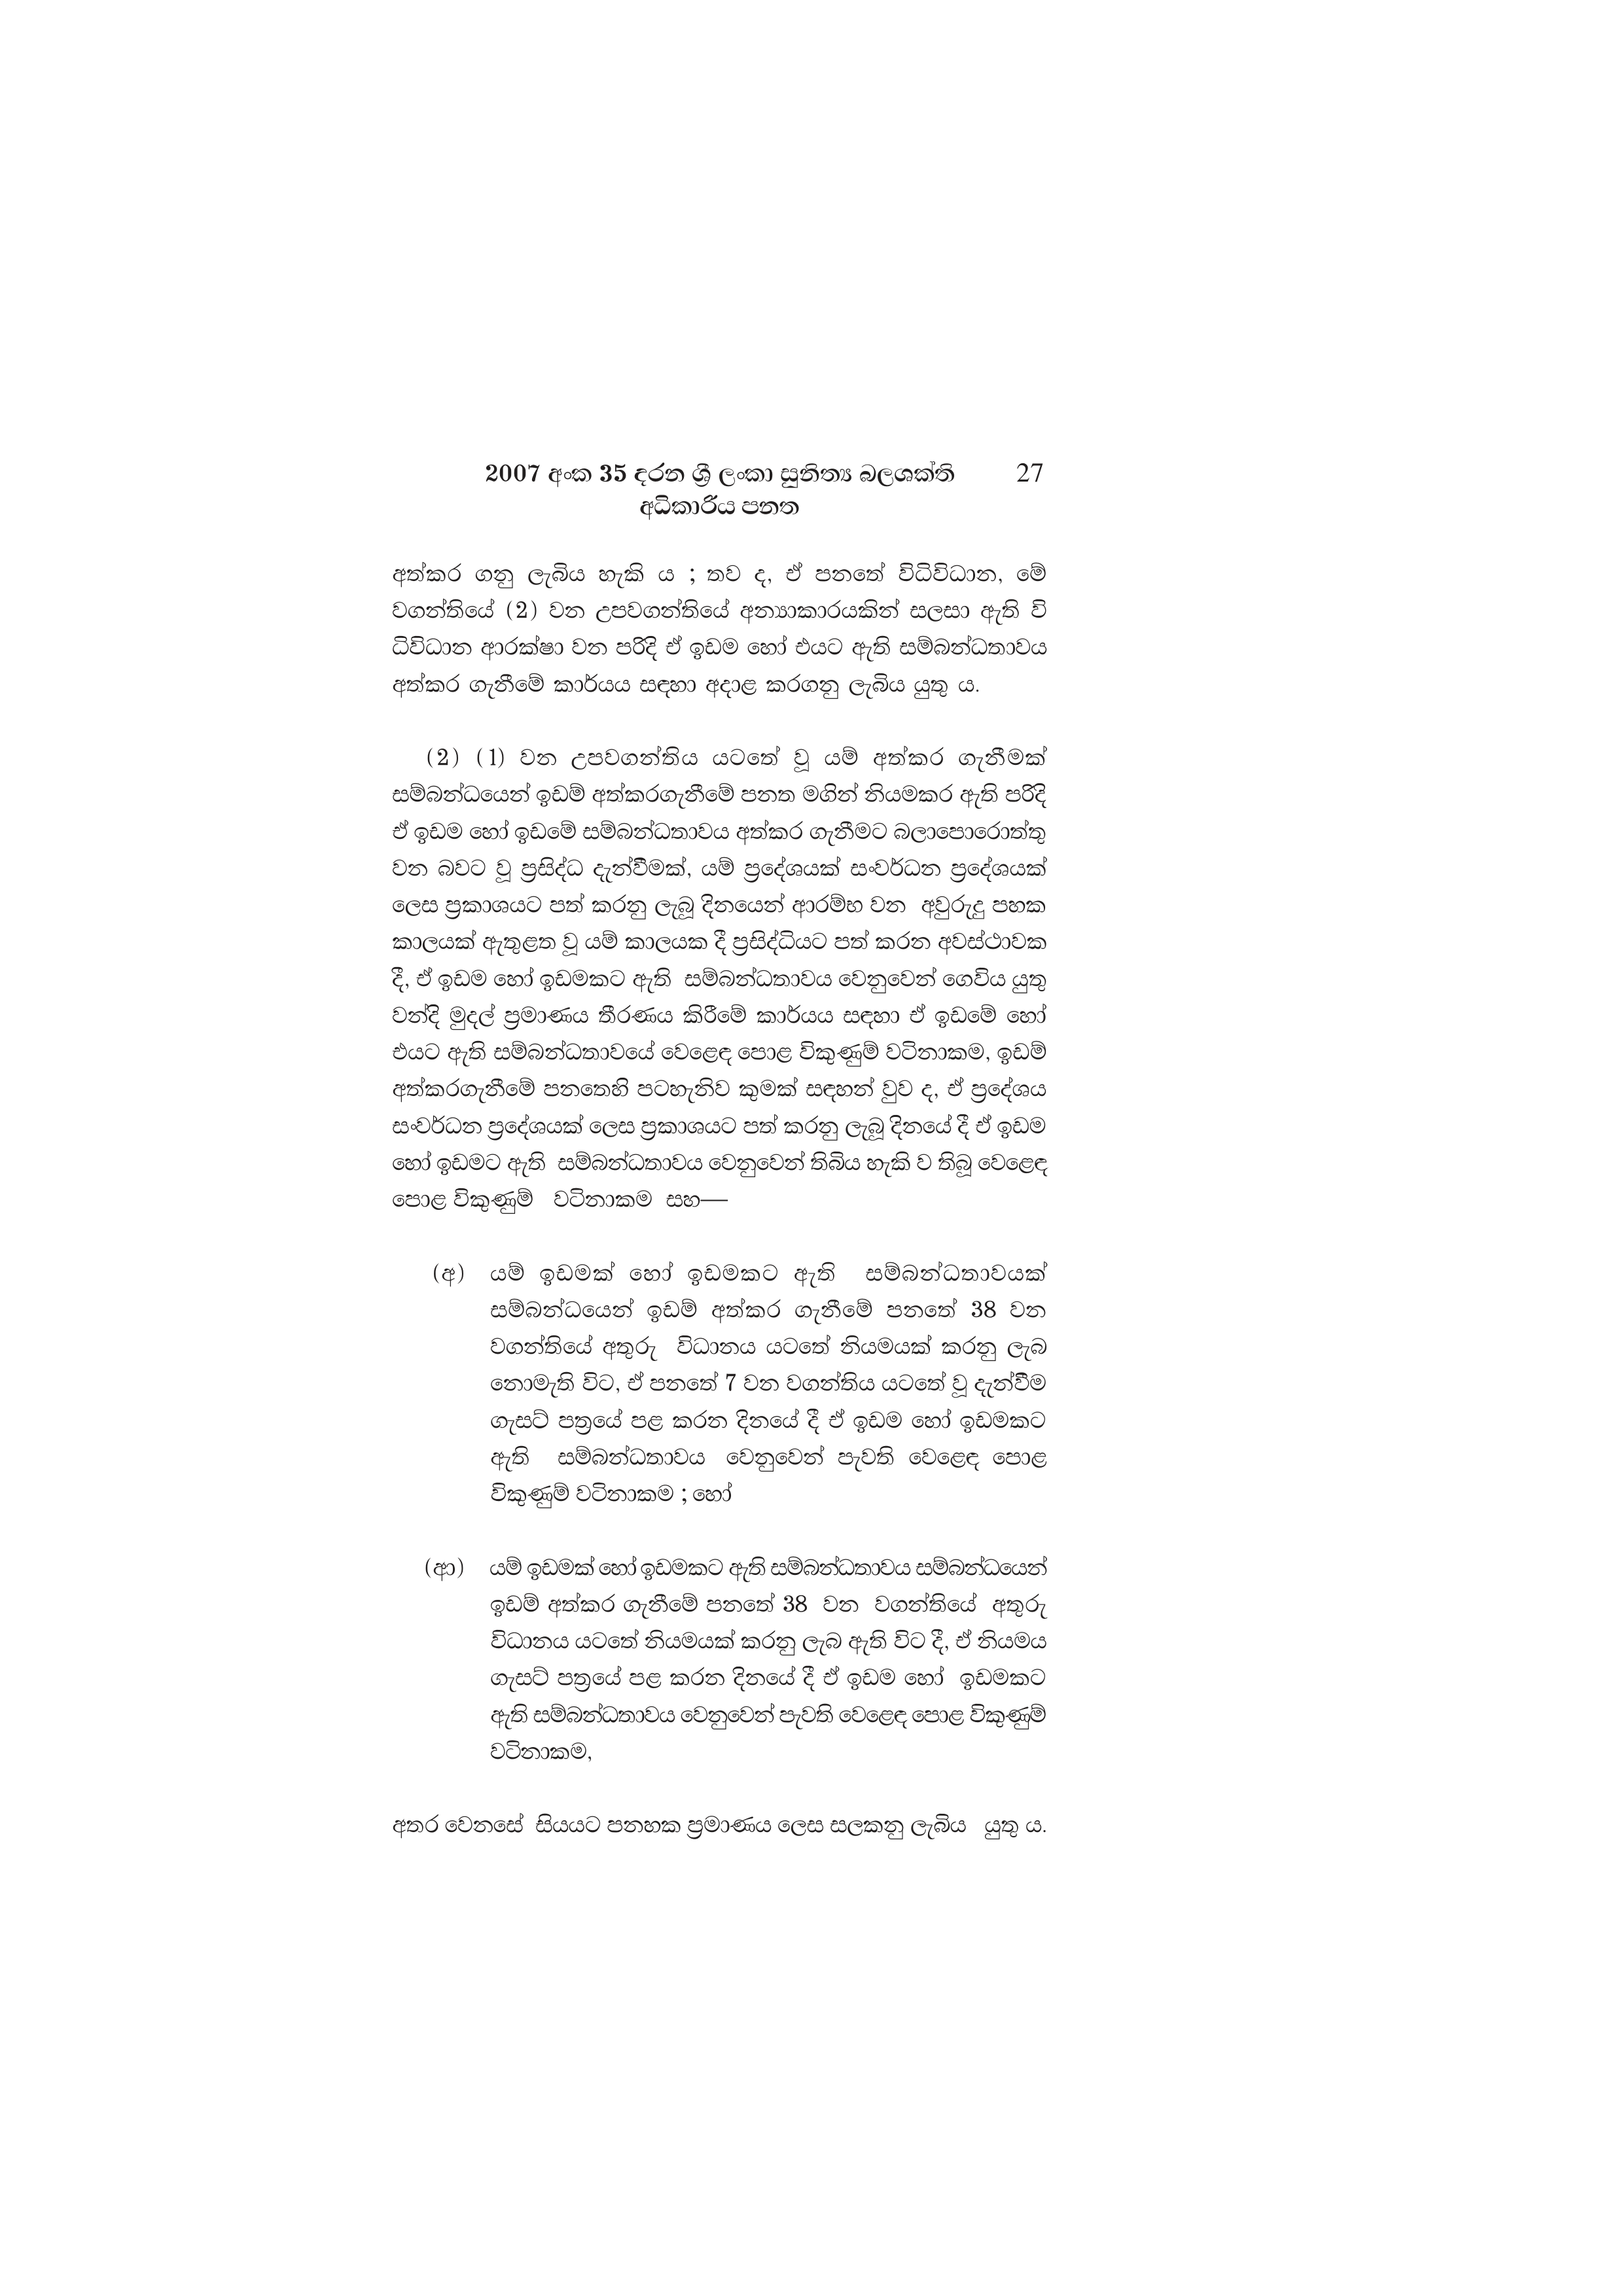
2007 අංක 35 දරන ශ්‍රී ලංකා සුනිත්‍ය බලශක්ති 27
අධිකාරිය පනත

අත්කර ගනු ලැබිය හැකි ය ; තව ද, ඒ පනතේ විධිවිධාන, මේ
වගන්තියේ (2) වන උපවගන්තියේ අන්‍යාකාරයකින් සලසා ඇති වි
ධිවිධාන ආරක්ෂා වන පරිදි ඒ ඉඩම හෝ එයට ඇති සම්බන්ධතාවය
අත්කර ගැනීමේ කාර්යය සඳහා අදාළ කරගනු ලැබිය යුතු ය.

(2) (1) වන උපවගන්තිය යටතේ වූ යම් අත්කර ගැනීමක්
සම්බන්ධයෙන් ඉඩම් අත්කරගැනීමේ පනත මගින් නියමකර ඇති පරිදි
ඒ ඉඩම හෝ ඉඩමේ සම්බන්ධතාවය අත්කර ගැනීමට බලාපොරොත්තු
වන බවට වූ ප්‍රසිද්ධ දැන්වීමක්, යම් ප්‍රදේශයක් සංවර්ධන ප්‍රදේශයක්
ලෙස ප්‍රකාශයට පත් කරනු ලැබූ දිනයෙන් ආරම්භ වන අවුරුදු පහක
කාලයක් ඇතුළත වූ යම් කාලයක දී ප්‍රසිද්ධියට පත් කරන අවස්ථාවක
දී, ඒ ඉඩම හෝ ඉඩමකට ඇති සම්බන්ධතාවය වෙනුවෙන් ගෙවිය යුතු
වන්දි මුදල් ප්‍රමාණය තීරණය කිරීමේ කාර්යය සඳහා ඒ ඉඩමේ හෝ
එයට ඇති සම්බන්ධතාවයේ වෙළෙඳ පොළ විකුණුම් වටිනාකම, ඉඩම්
අත්කරගැනීමේ පනතෙහි පටහැනිව කුමක් සඳහන් වුව ද, ඒ ප්‍රදේශය
සංවර්ධන ප්‍රදේශයක් ලෙස ප්‍රකාශයට පත් කරනු ලැබූ දිනයේ දී ඒ ඉඩම
හෝ ඉඩමට ඇති සම්බන්ධතාවය වෙනුවෙන් තිබිය හැකි ව තිබූ වෙළෙඳ
පොළ විකුණුම් වටිනාකම සහ—

(අ) යම් ඉඩමක් හෝ ඉඩමකට ඇති සම්බන්ධතාවයක්
සම්බන්ධයෙන් ඉඩම් අත්කර ගැනීමේ පනතේ 38 වන
වගන්තියේ අතුරු විධානය යටතේ නියමයක් කරනු ලැබ
නොමැති විට, ඒ පනතේ 7 වන වගන්තිය යටතේ වූ දැන්වීම
ගැසට් පත්‍රයේ පළ කරන දිනයේ දී ඒ ඉඩම හෝ ඉඩමකට
ඇති සම්බන්ධතාවය වෙනුවෙන් පැවති වෙළෙඳ පොළ
විකුණුම් වටිනාකම ; හෝ

(ආ) යම් ඉඩමක් හෝ ඉඩමකට ඇති සම්බන්ධතාවය සම්බන්ධයෙන්
ඉඩම් අත්කර ගැනීමේ පනතේ 38 වන වගන්තියේ අතුරු
විධානය යටතේ නියමයක් කරනු ලැබ ඇති විට දී, ඒ නියමය
ගැසට් පත්‍රයේ පළ කරන දිනයේ දී ඒ ඉඩම හෝ ඉඩමකට
ඇති සම්බන්ධතාවය වෙනුවෙන් පැවති වෙළෙඳ පොළ විකුණුම්
වටිනාකම,

අතර වෙනසේ සියයට පනහක ප්‍රමාණය ලෙස සලකනු ලැබිය යුතු ය.